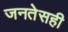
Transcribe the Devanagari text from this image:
जनतेसही